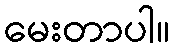
မေးတာပါ။